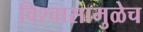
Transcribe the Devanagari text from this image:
विश्‍वासामुळेच